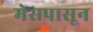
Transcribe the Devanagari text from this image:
मेसपासून